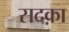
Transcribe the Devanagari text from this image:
सदक़ा